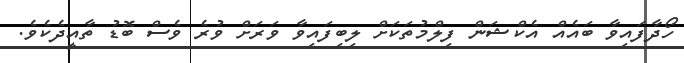
ހޯދާފައިވާ ބައެއް އެކްޝަން ފިލްމުތަކަށް ލިބިފައިވާ ވަރަށް ވުރެ ވެސް ބޮޑު ތާއީދެކެވެ.